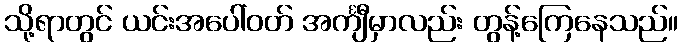
သို့ရာတွင် ယင်းအပေါ်ဝတ် အင်္ကျီမှာလည်း တွန့်ကြေနေသည်။